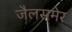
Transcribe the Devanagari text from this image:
जैलसमेर